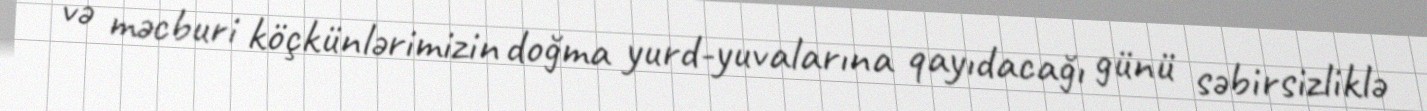
və məcburi köçkünlərimizin doğma yurd-yuvalarına qayıdacağı günü səbirsizliklə